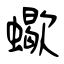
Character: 蠍